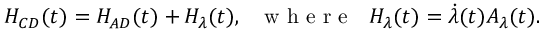
{ H _ { C D } ( t ) } = H _ { A D } ( t ) + H _ { \lambda } ( t ) , ~ ~ \mathrm { ~ w ~ h ~ e ~ r ~ e ~ } ~ ~ H _ { \lambda } ( t ) = \dot { \lambda } ( t ) A _ { \lambda } ( t ) .